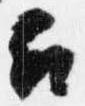
召